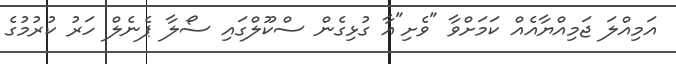
އަމިއްލަ ޖަމިއްޔާއެއް ކަމަށްވާ "ވެށި"އާ ގުޅިގެން ސްކޫލްގައި ސޯލާ ޕެނެލް ހަރު ކުރުމުގެ